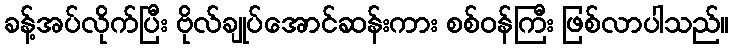
ခန့်အပ်လိုက်ပြီး ဗိုလ်ချုပ်အောင်ဆန်းကား စစ်ဝန်ကြီး ဖြစ်လာပါသည်။